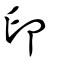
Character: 印